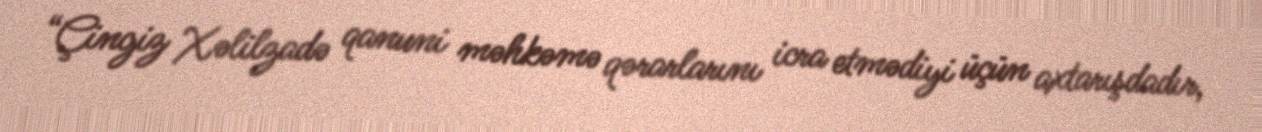
“Çingiz Xəlilzadə qanuni məhkəmə qərarlarını icra etmədiyi üçün axtarışdadır,